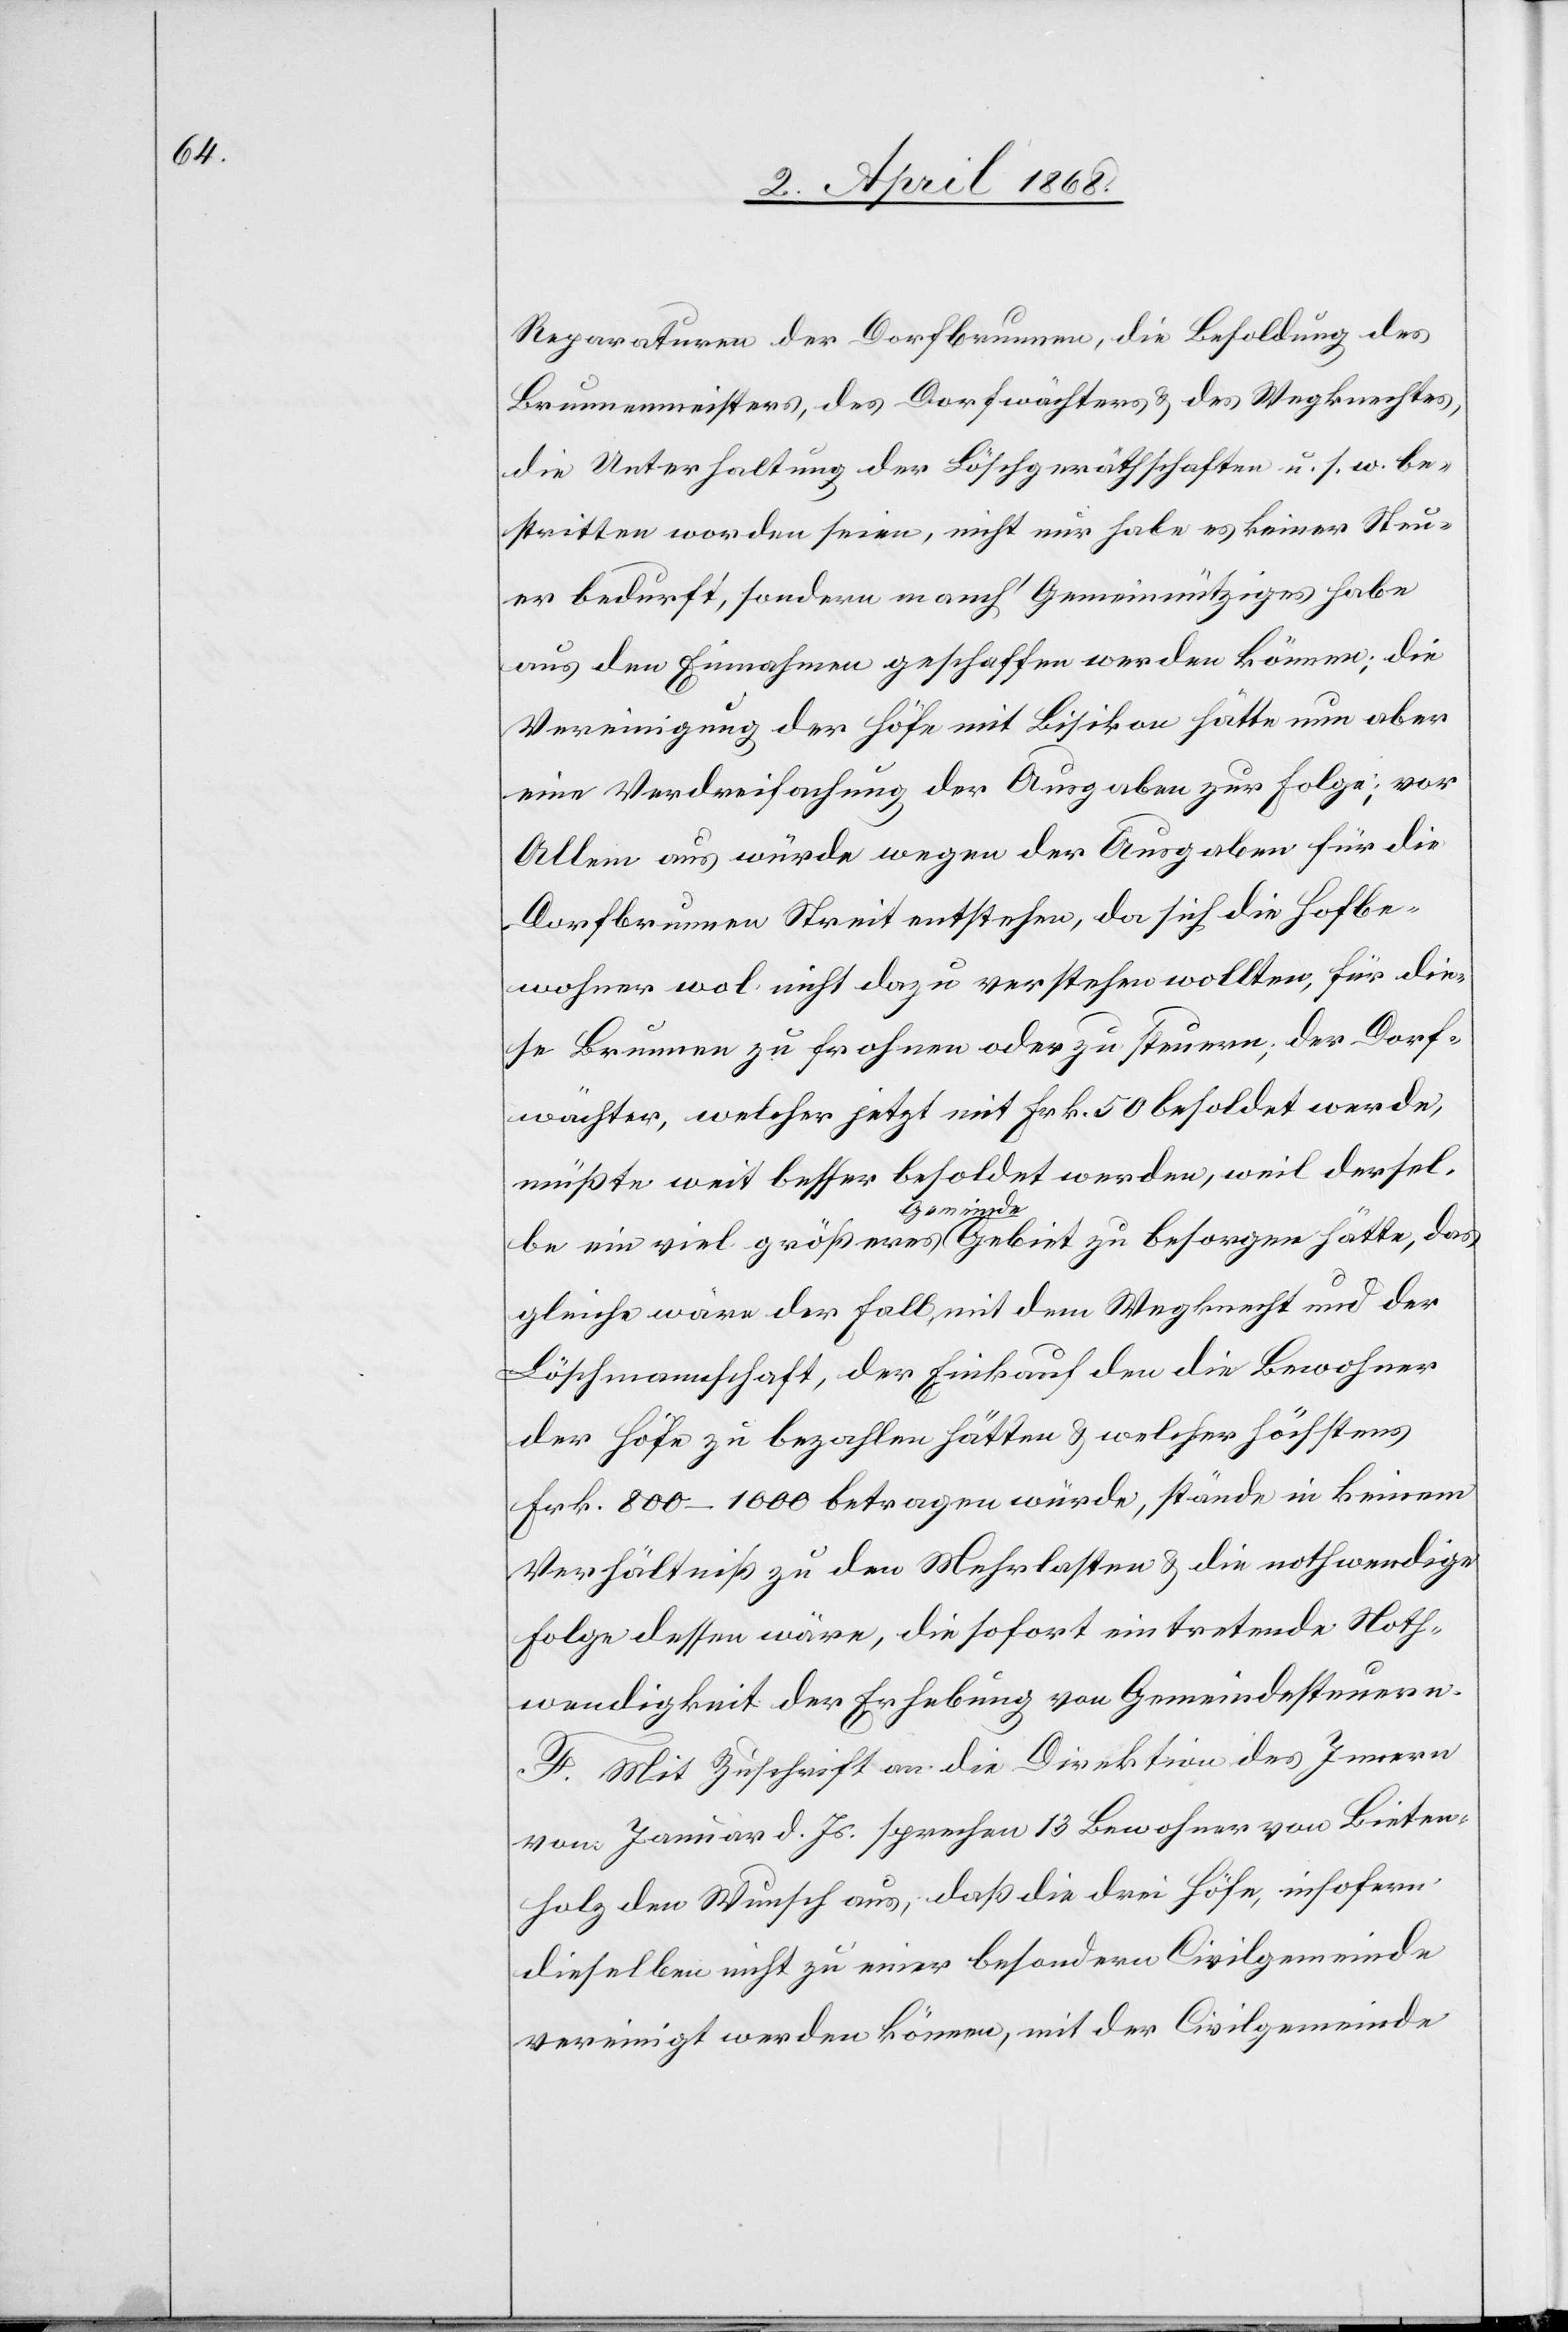
Reparaturen der Dorfbrunnen, die Besoldung des
Brunnenmeisters, des Dorfwächters & des Wegknechtes,
die Unterhaltung der Löschgeräthschaften u. s. w. be¬
stritten worden seien, nicht nur habe es keiner Steu¬
er bedurft, sondern manch‘ Gemeinnütziges habe
aus den Einnahmen geschaffen werden können; die
Vereinigung der Höfe mit Bisikon hätte nun aber
eine Verdreifachung der Ausgaben zur Folge; vor
Allem aus würde wegen der Ausgaben für die
Dorfbrunnen Streit entstehen, da sich die Hofbe¬
wohner wol nicht dazu verstehen wollten, für die¬
se Brunnen zu frohnen oder zu steuern; der Dorf¬
wächter, welcher jetzt mit Frk. 50 besoldet werde,
müßte weit besser besoldet werden, weil dersel¬
be ein viel größeres Gemeinde[-]Gebiet zu besorgen hätte, das
gleiche wäre der Fall, mit dem Wegknecht und der
Löschmannschaft, der Einkauf den die Bewohner
der Höfe zu bezahlen hätten & welcher höchstens
Frk. 800–1000 betragen würde, stände in keinem
Verhältniß zu den Mehrlasten & die nothwendige
Folge dessen wäre, die sofort eintretende Noth¬
wendigkeit der Erhebung von Gemeindesteuern.
F. Mit Zuschrift an die Direktion des Innern
vom Januar d. Js. sprechen 13 Bewohner von Bieten¬
holz den Wunsch aus, daß die drei Höfe, insofern
dieselben nicht zu einer besondern Civilgemeinde
vereinigt werden können, mit der Civilgemeinde